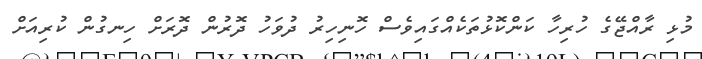
މުޅި ރާއްޖޭގެ ހުރިހާ ކަންކޮޅުތަކެއްގައިވެސް ހޮނިހިރު ދުވަހު ދޮރުން ދޮރަށް ހިނގުން ކުރިއަށް